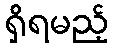
ရှိရမည့်